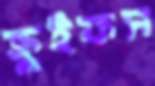
ক্রুইফস